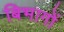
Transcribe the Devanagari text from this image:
बिभागों